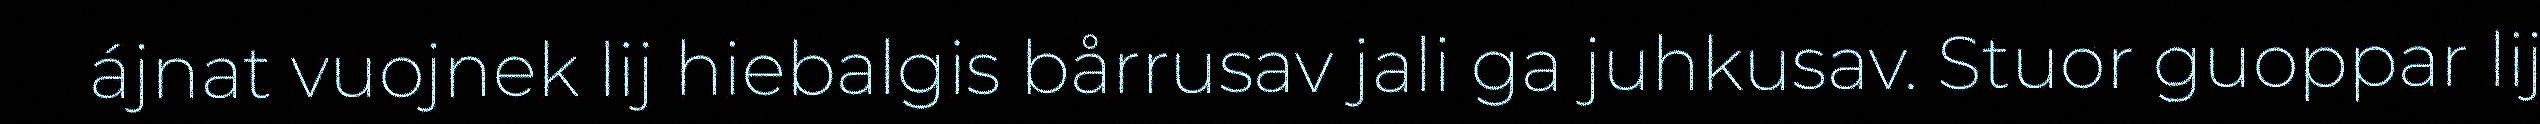
ájnat vuojnek lij hiebalgis bårrusav jali ga juhkusav. Stuor guoppar lij